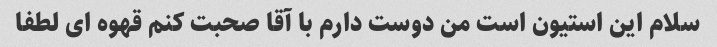
سلام این استیون است من دوست دارم با آقا صحبت کنم قهوه ای لطفا